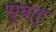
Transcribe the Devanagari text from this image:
सुबाहू